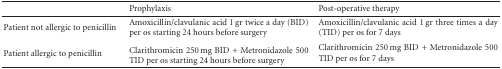
|  | Prophylaxis | Post-operative therapy |
 | --- | --- | --- |
 | Patient not allergic to penicillin | Amoxicillin/clavulanic acid 1 gr twice a day (BID) per os starting 24 hours before surgery | Amoxicillin/clavulanic acid 1 gr three times a day (TID) per os for 7 days |
 | Patient allergic to penicillin | Clarithromicin 250 mg BID + Metronidazole 500 TID per os starting 24 hours before surgery | Clarithromicin 250 mg BID + Metronidazole 500 TID per os for 7 days |